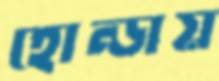
হোন্ডায়